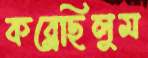
কব্‌লেছিলুম